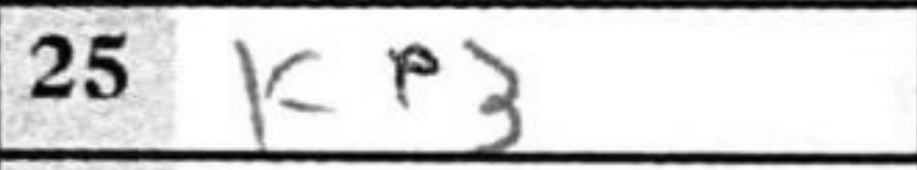
Transcription: Ke3